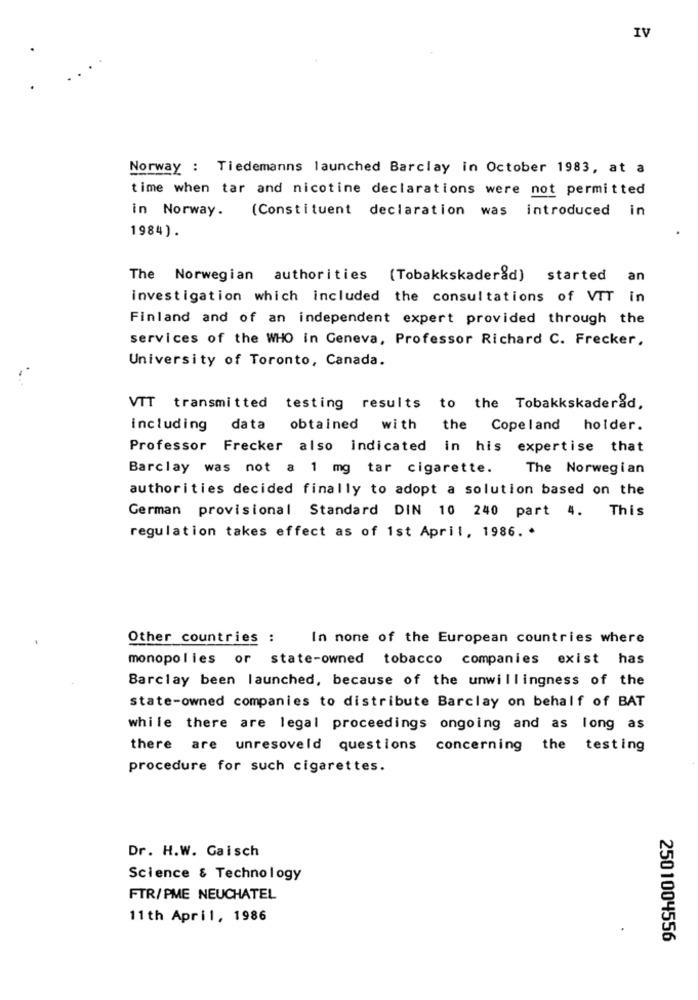
IV
Norway : Tiedemanns launched Barclay in October 1983, at a
time when tar and nicotine declarations were not permitted
in Norway.
(Constituent declaration was introduced in
1984).
The Norwegian authorities (Tobakkskaderåd) started an
investigation which included the consultations of VTT in
Finland and of an independent expert provided through the
services of the WHO in Geneva, Professor Richard C. Frecker,
University of Toronto, Canada.
VTT transmitted testing results to the Tobakkskader&d,
including data obtained with
the Copeland holder.
Professor Frecker also indicated in his expertise that
Barclay was not a 1 mg tar cigarette.
The Norwegian
authorities decided finally to adopt a solution based on the
German provisional Standard DIN 10 240 part 4. This
regulation takes effect as of 1st April, 1986. *
Other countries : In none of the European countries where
monopolies or state-owned tobacco companies exist has
Barclay been launched, because of the unwillingness of the
state-owned companies to distribute Barclay on behalf of BAT
while there are legal proceedings ongoing and as long as
there are unresoveld questions concerning the testing
procedure for such cigarettes.
Dr. H.W. Gaisch
Science & Technology
FTR/PME NEUCHATEL
11th April, 1986
2501004556